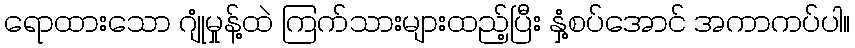
ရောထားသော ဂျုံမှုန့်ထဲ ကြက်သားများထည့်ပြီး နှံ့စပ်အောင် အကာကပ်ပါ။